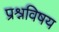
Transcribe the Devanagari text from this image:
प्रश्नविषय